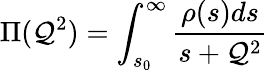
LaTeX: \Pi(\mathcal{Q}^{2})=\int_{s_{0}}^{\infty}\frac{{\rho(s)ds}}{{s+\mathcal{Q}^{2}}}